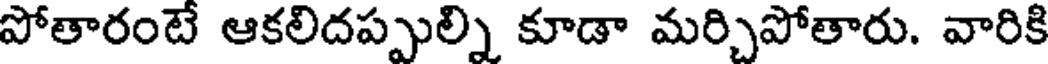
పోతారంటే ఆకలిదప్పుల్ని కూడా మర్చిపోతారు. వారికి